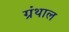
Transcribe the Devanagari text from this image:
ग्रंथाल